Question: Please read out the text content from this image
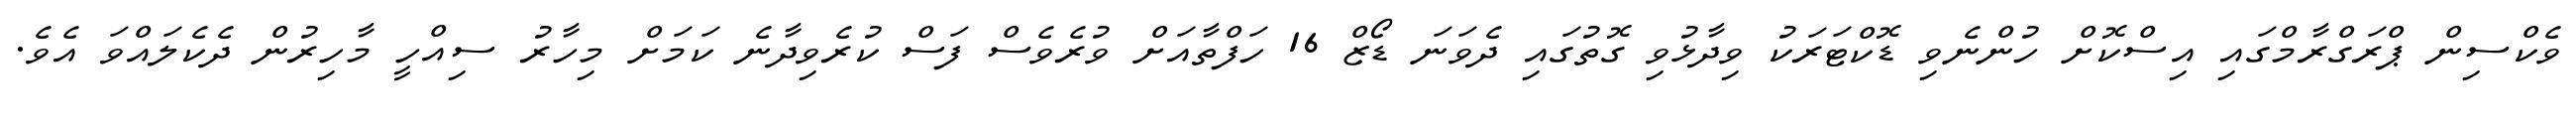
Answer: ވެކްސިން ޕްރަގްރާމްގައި އިސްކޮށް ހުންނެވި ޑޮކްޓަރަކު ވިދާޅުވި ގޮތުގައި ދެވަނަ ޑޯޒް 16 ހަފްތާއަށް ވުރެވެސް ފަސް ކުރެވިދާނެ ކަމަށް މިހާރު ސިއްހީ މާހިރުން ދެކެލައްވަ އެވެ.